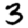
Digit: 3